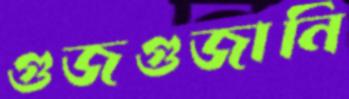
গুজগুজানি